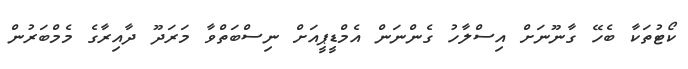
ކޯޓުތަކާ ބެހޭ ގާނޫނަށް އިސްލާހު ގެންނަން އެމްޑީޕީއަށް ނިސްބަތްވާ މަރަދޫ ދާއިރާގެ މެމްބަރުން